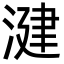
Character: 湕